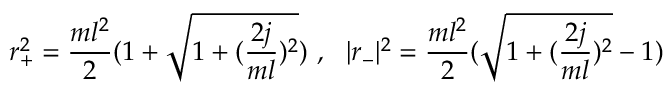
r _ { + } ^ { 2 } = { \frac { m l ^ { 2 } } { 2 } } ( 1 + \sqrt { 1 + ( { \frac { 2 j } { m l } } ) ^ { 2 } } ) ~ , ~ ~ | r _ { - } | ^ { 2 } = { \frac { m l ^ { 2 } } { 2 } } ( \sqrt { 1 + ( { \frac { 2 j } { m l } } ) ^ { 2 } } - 1 ) ~ ~